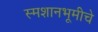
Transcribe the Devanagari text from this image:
स्मशानभूमीचे